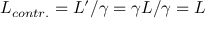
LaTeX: L _ { c o n t r . } = L ^ { \prime } / \gamma = \gamma L / \gamma = L